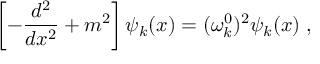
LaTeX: \left[ - \frac { d ^ { 2 } } { d x ^ { 2 } } + m ^ { 2 } \right] \psi _ { k } ( x ) = ( \omega _ { k } ^ { 0 } ) ^ { 2 } \psi _ { k } ( x ) \; ,